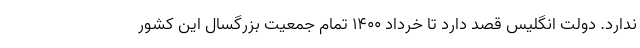
ندارد. دولت انگلیس قصد دارد تا خرداد ۱۴۰۰ تمام جمعیت بزرگسال این کشور